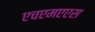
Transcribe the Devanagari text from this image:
एचएमएएस